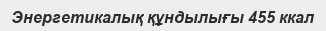
Энергетикалық құндылығы 455 ккал